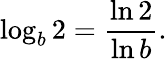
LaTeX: \log_{b}2={\frac{\ln 2}{\ln b}}.